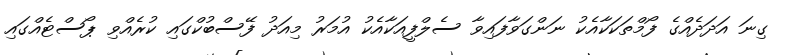
ގިނަ އަދަދެއްގެ ފޯމްތަކަކާއެކު ނަންގަވާފައިވާ ސެލްފީއަކާއެކު އުމަރު މިއަދު ފޭސްބުކްގައި ކުރެއްވި ޕޯސްޓެއްގައި